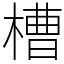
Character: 槽